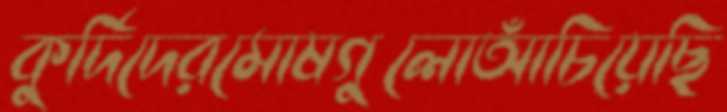
কুর্দিদেরমোষগুলোআঁচিয়েছি